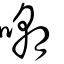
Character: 嘲